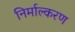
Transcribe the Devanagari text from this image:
निर्माल्करण